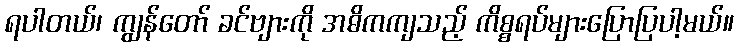
ရပါတယ်၊ ကျွန်တော် ခင်ဗျားကို အဓိကကျသည့် ကိစ္စရပ်များပြောပြပါ့မယ်။